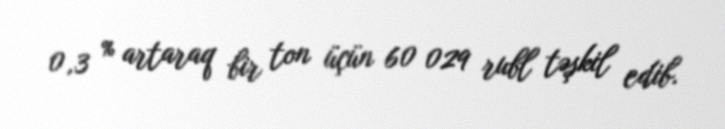
0,3 % artaraq bir ton üçün 60 029 rubl təşkil edib.